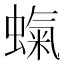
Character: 𧎵